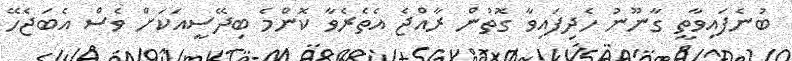
ބުނެފައިވާތީ ގާނޫނު ހެދިފައިވާ ގޮތުން ރާއްޖެ އެތެރެވާ ކޮންމެ ބިދޭސީއަކަށް ވެސް އެބަޖެހޭ